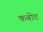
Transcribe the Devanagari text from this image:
कबोट